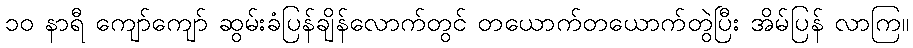
၁၀ နာရီ ကျော်ကျော် ဆွမ်းခံပြန်ချိန်လောက်တွင် တယောက်တယောက်တွဲပြီး အိမ်ပြန် လာကြ။